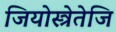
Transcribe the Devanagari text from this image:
जियोस्त्रेतेजि